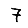
Digit: 7